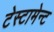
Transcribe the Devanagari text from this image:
टेस्टामेन्ट